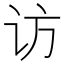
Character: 访